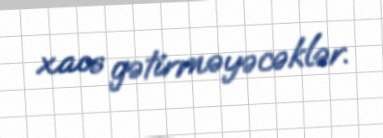
xaos gətirməyəcəklər.